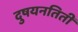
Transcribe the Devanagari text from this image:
दुषयनतिती